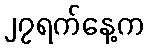
၂၇ရက်နေ့က